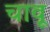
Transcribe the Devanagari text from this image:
चावू